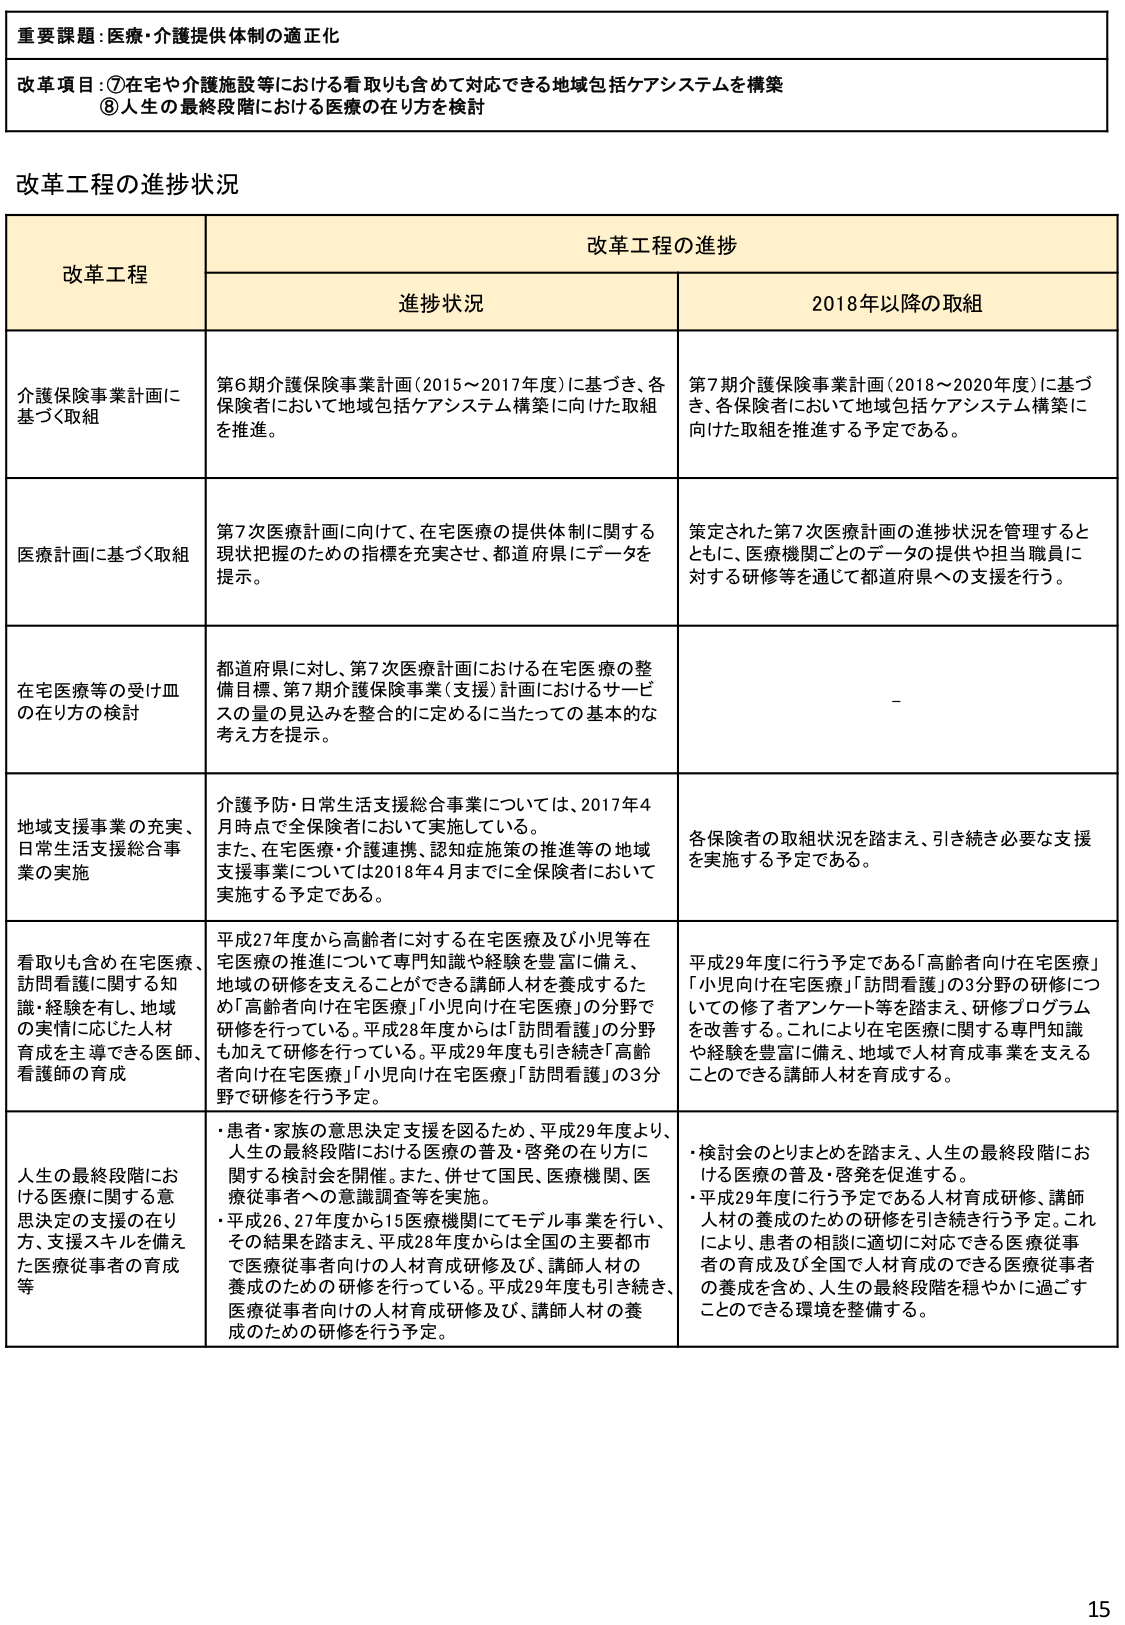
重要課題：医療・介護提供体制の適正化

改革項目：⑦在宅や介護施設等における看取りも含めて対応できる地域包括ケアシステムを構築
⑧人生の最終段階における医療の在り方を検討

改革工程の進捗状況

改革工程